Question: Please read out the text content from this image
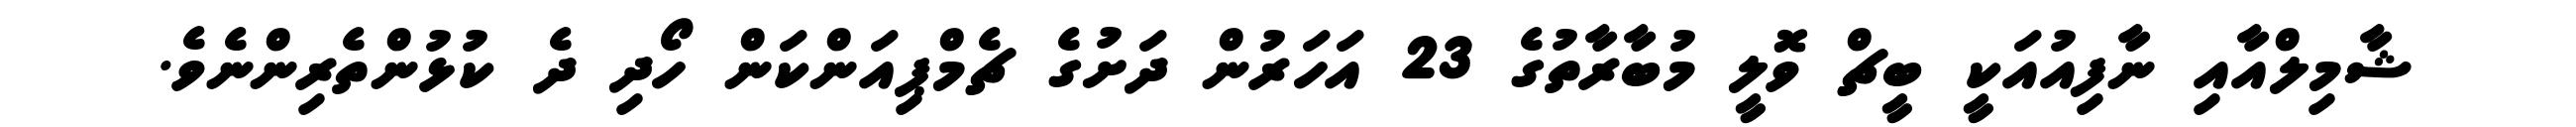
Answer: ޝާމިލްއާއި ނާފިއުއަކީ ބީޗް ވޮލީ މުބާރާތުގެ 23 އަހަރުން ދަށުގެ ޗެމްޕިއަންކަން ހޯދި ދެ ކުޅުންތެރިންނެވެ.